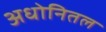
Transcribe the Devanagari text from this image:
अधोनितल